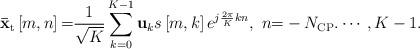
LaTeX: \begin{align*} {{\bf{\bar x}}_{\rm t}}\left[m, n \right] {\rm =} \frac{1}{\sqrt K }\sum\limits_{k = 0}^{K-1} {{{\bf{u}}_k}s\left[m, k \right]{e^{j\frac{{2\pi }}{K}kn}}},\ n {\rm =} - {{N}_{\rm CP }}. \cdots ,K - 1. \end{align*}